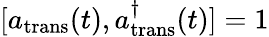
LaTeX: [a_{\mathrm{trans}}(t),a_{\mathrm{trans}}^{\dagger}(t)]=1